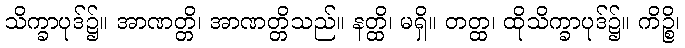
သိက္ခာပုဒ်၌။ အာဏတ္တိ၊ အာဏတ္တိသည်။ နတ္ထိ၊ မရှိ။ တတ္ထ၊ ထိုသိက္ခာပုဒ်၌။ ကိဉ္စိ၊